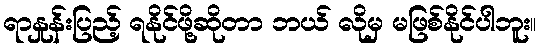
ရာနှုန်းပြည့် ရနိုင်ဖို့ဆိုတာ ဘယ် လိုမှ မဖြစ်နိုင်ပါဘူး။